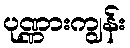
ပုဏ္ဏားကျွန်း